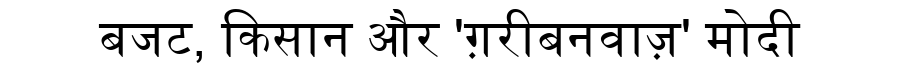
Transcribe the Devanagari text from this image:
बजट, किसान और 'ग़रीबनवाज़' मोदी